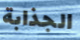
الجذابة